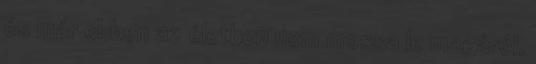
és már ebben az életben nem mossa le magáról,